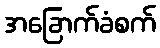
အခြောက်ခံစက်